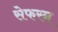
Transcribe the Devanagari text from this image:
सेफरन